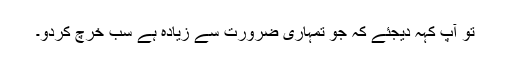
تو آپ کہہ ديجئے کہ جو تمہارى ضرورت سے زيادہ ہے سب خرچ کردو۔